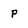
Character: p